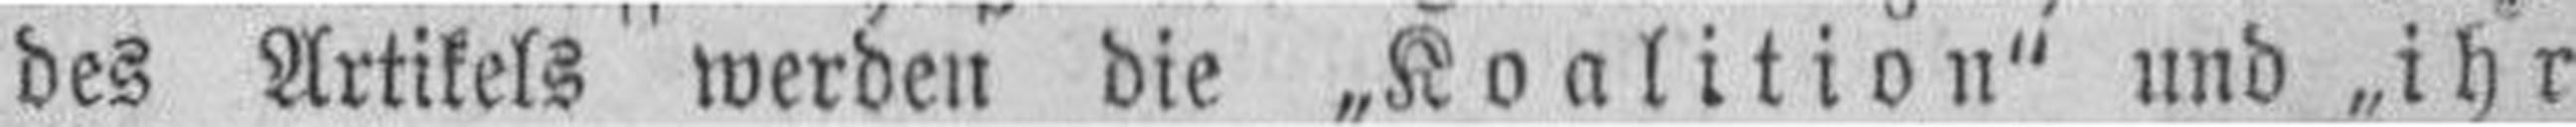
des Artikels werden die „Koalition" und „ihr